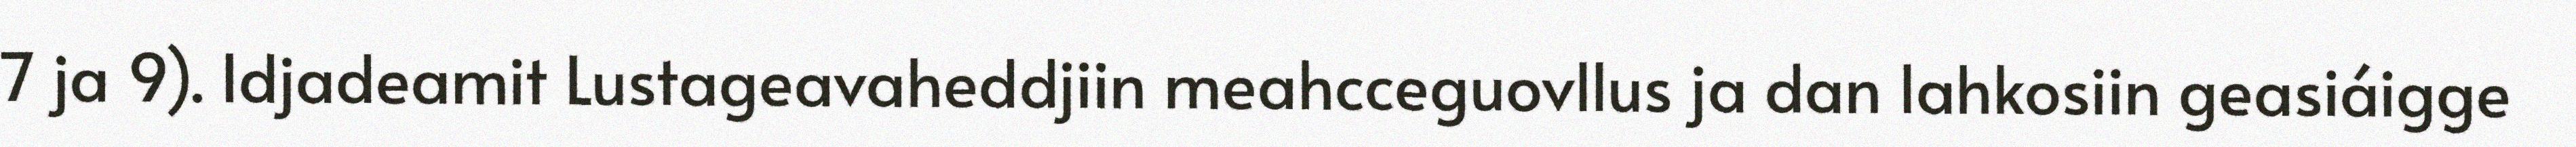
7 ja 9). Idjadeamit Lustageavaheddjiin meahcceguovllus ja dan lahkosiin geasiáigge